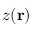
z ( \mathbf { r } )